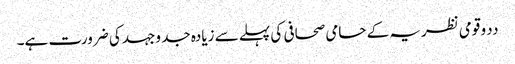
ددو قومی نظریہ کے حامی صحافی کی پہلے سے زیادہ جد وجہد کی ضرورت ہے۔